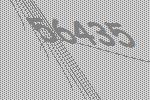
56435